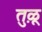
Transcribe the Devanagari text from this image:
तु़ळू